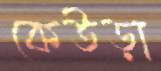
কেউড়া